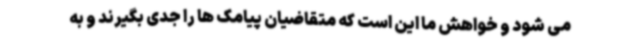
می شود و خواهش ما این است که متقاضیان پیامک ها را جدی بگیرند و به